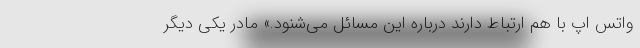
واتس اپ با هم ارتباط دارند درباره این مسائل می‌شنود.» مادر یکی دیگر